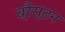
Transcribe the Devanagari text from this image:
ब्रैंस्टन